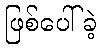
ဖြစ်ပေါ်ခဲ့